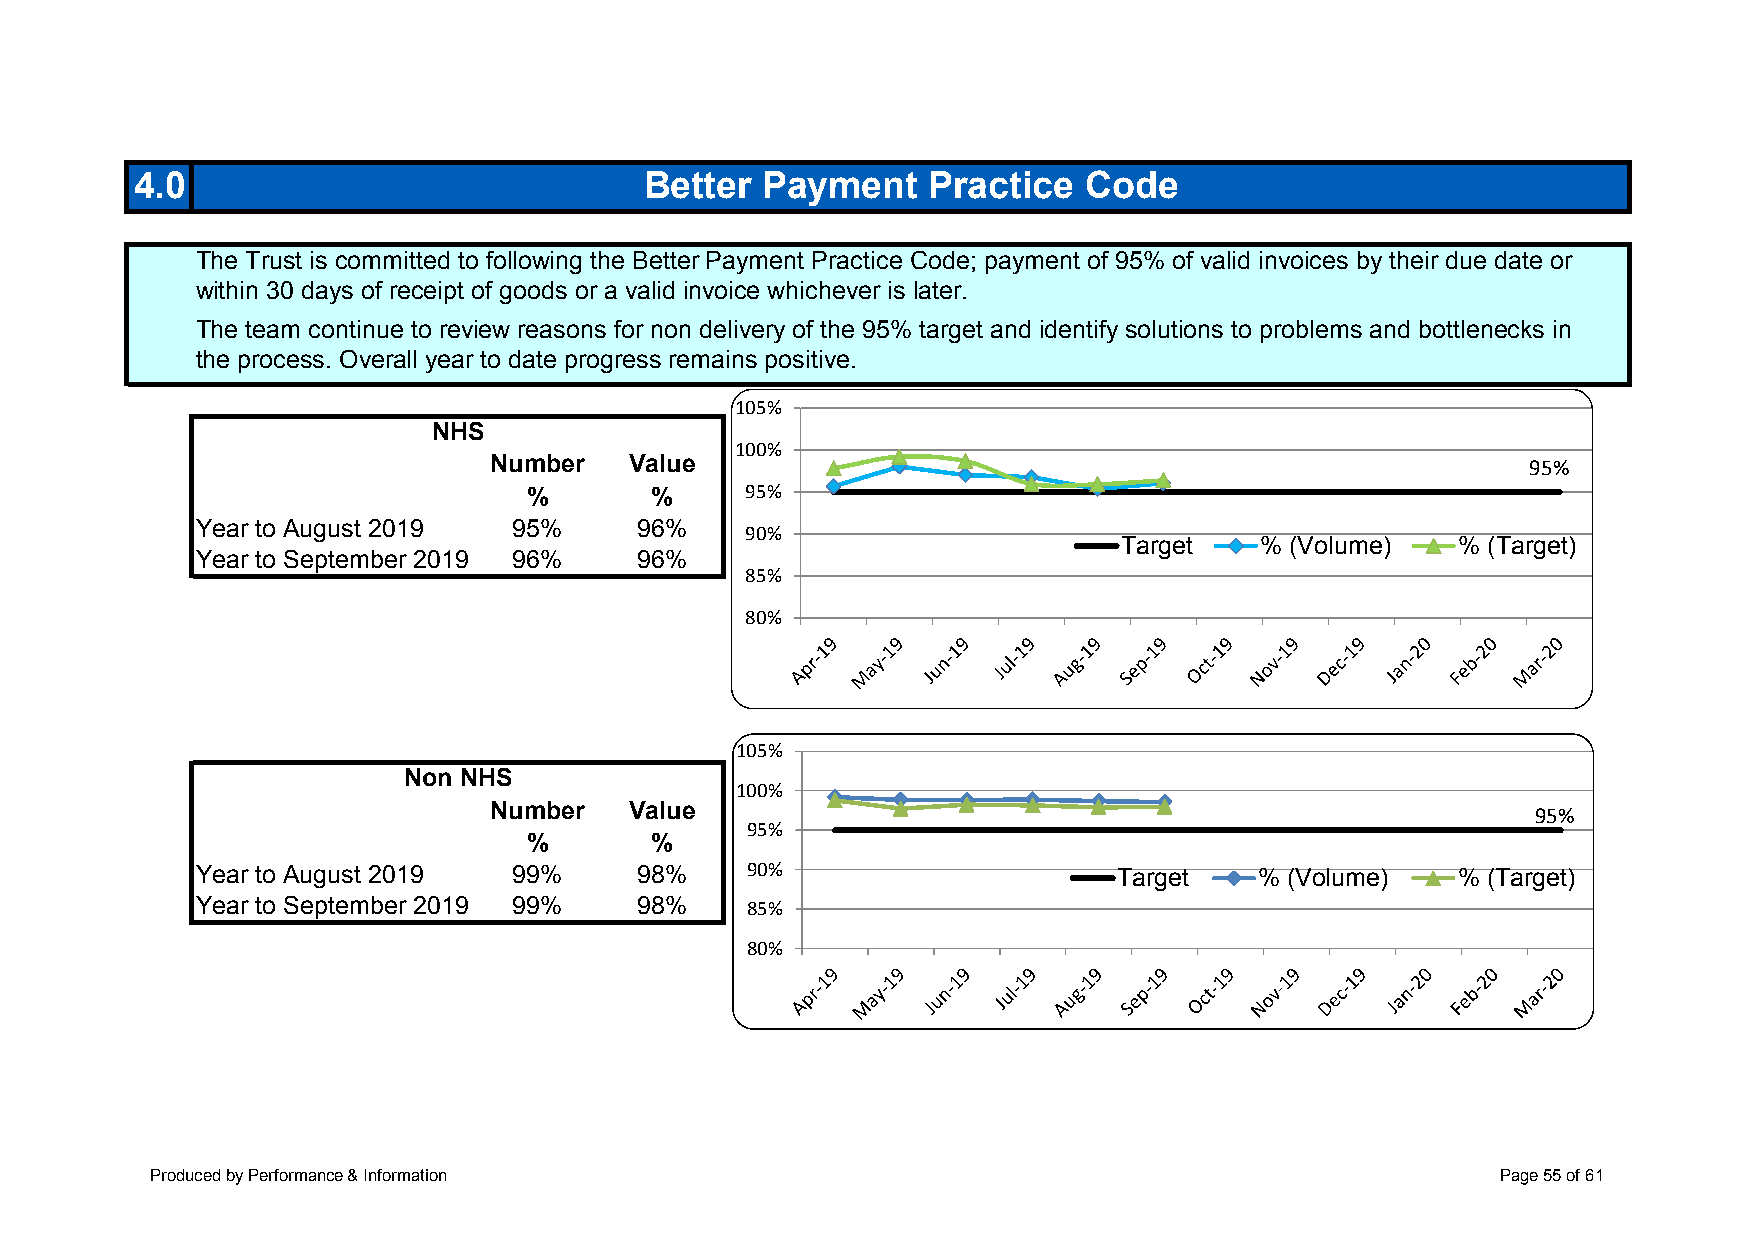
4.0                               Better Payment    Practice   Code
 The Trust is committed to following the Better Payment Practice Code; payment of 95% of valid invoices by their due date or
 within 30 days of receipt of goods or a valid invoice whichever is later.
 The team continue to review reasons for non delivery of the 95% target and identify solutions to problems and bottlenecks in
 the process. Overall year to date progress remains positive.
 105%
 NHS
 100%
 Number    Value                                                      95%
 95%
 %       %
 Year to August 2019  95%     96%    90%
 Target   % (Volume)    % (Target)
 Year to September 2019 96%   96%
 85%
 80%
 105%
 Non NHS
 100%
 Number    Value                                                       95%
 95%
 %       %
 90%
 Year to August 2019  99%     98%                             Target   % (Volume)   % (Target)
 Year to September 2019 99%   98%    85%
 80%
 Produced by Performance & Information                                                    Page 55 of 61